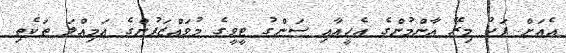
އެއަށް ފަހު މިރޭ އާންމުންގެ އެހީއާއި ސަންގު ޓީވީގެ މުވައްޒަފުންގެ އަމިއްލަ ތަކެތި